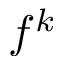
f ^ { k }